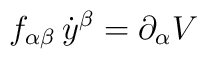
f_{\alpha\beta}\,\dot y^\beta=\partial_\alpha V